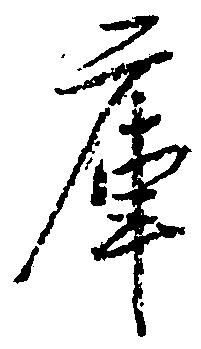
庫